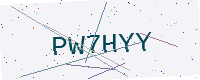
Text: PW7HYY